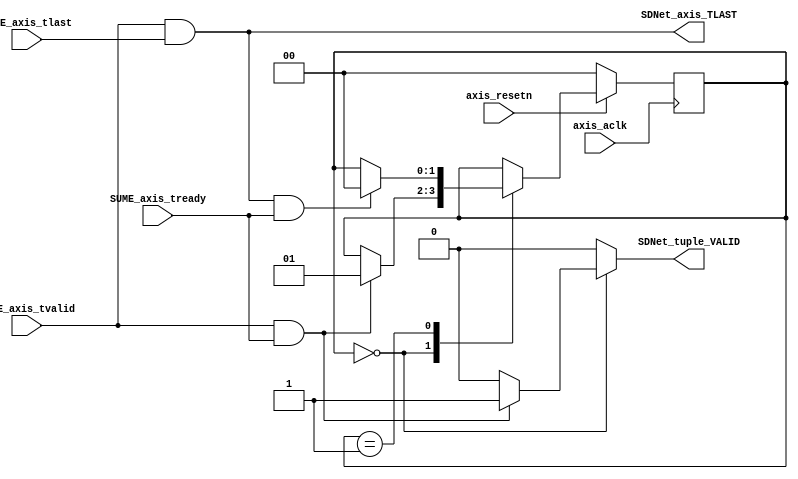
`timescale 1ns / 1ps

module mtpsa_to_sdnet (
    // clk/rst input
    input                               axis_aclk,
    input                               axis_resetn,
    // input axis signals
    input                               SUME_axis_tvalid,
    input                               SUME_axis_tlast,
    input                               SUME_axis_tready,
    // output signals
    output reg                          SDNet_tuple_VALID,
    output                              SDNet_axis_TLAST
);

reg [1:0]   state;
reg [1:0]   state_next;

wire [1:0] state_debug = state;

localparam FIRST = 0;
localparam WAIT = 1;

always @(*) begin
    state_next = state;
    SDNet_tuple_VALID = 0;

    case(state)
        /* wait to complete first cycle of packet */
        FIRST: begin
            if (SUME_axis_tvalid & SUME_axis_tready) begin
                SDNet_tuple_VALID = 1;
                state_next = WAIT;
            end
        end

        /* wait until last cycle of packet */
        WAIT: begin
            if (SUME_axis_tvalid & SUME_axis_tlast & SUME_axis_tready) begin
                state_next = FIRST;
            end
        end
    endcase
end


always @(posedge axis_aclk) begin
    if(~axis_resetn) begin
        state <= FIRST;
    end else begin
        state <= state_next;
    end
end

// the SDNet_TLAST signal should only go high when TVALID is high
assign SDNet_axis_TLAST = SUME_axis_tvalid & SUME_axis_tlast;

endmodule